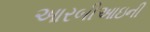
આરબીઆઇની